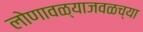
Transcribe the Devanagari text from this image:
लोणावळ्याजवळच्या